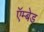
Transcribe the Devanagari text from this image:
ऍम्बेड